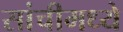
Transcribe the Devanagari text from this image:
सांचीमध्ये